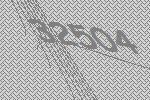
32504